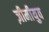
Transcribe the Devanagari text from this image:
ज़ीमीयुव